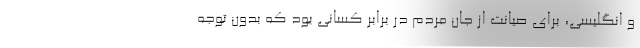
و انگلیسی، برای صیانت از جان مردم در برابر کسانی بود که بدون توجه